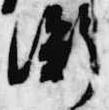
衡